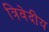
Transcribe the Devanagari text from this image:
त्रिवेदीय